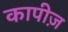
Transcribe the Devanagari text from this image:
कापीज़